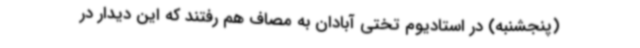
(پنجشنبه) در استادیوم تختی آبادان به مصاف هم رفتند که این دیدار در